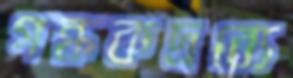
গন্ধকদ্রব্যে